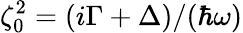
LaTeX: \zeta_{0}^{2}={(i\Gamma+\Delta)}/{(\hbar\omega)}